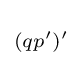
\scriptstyle {(qp')'\,}\!